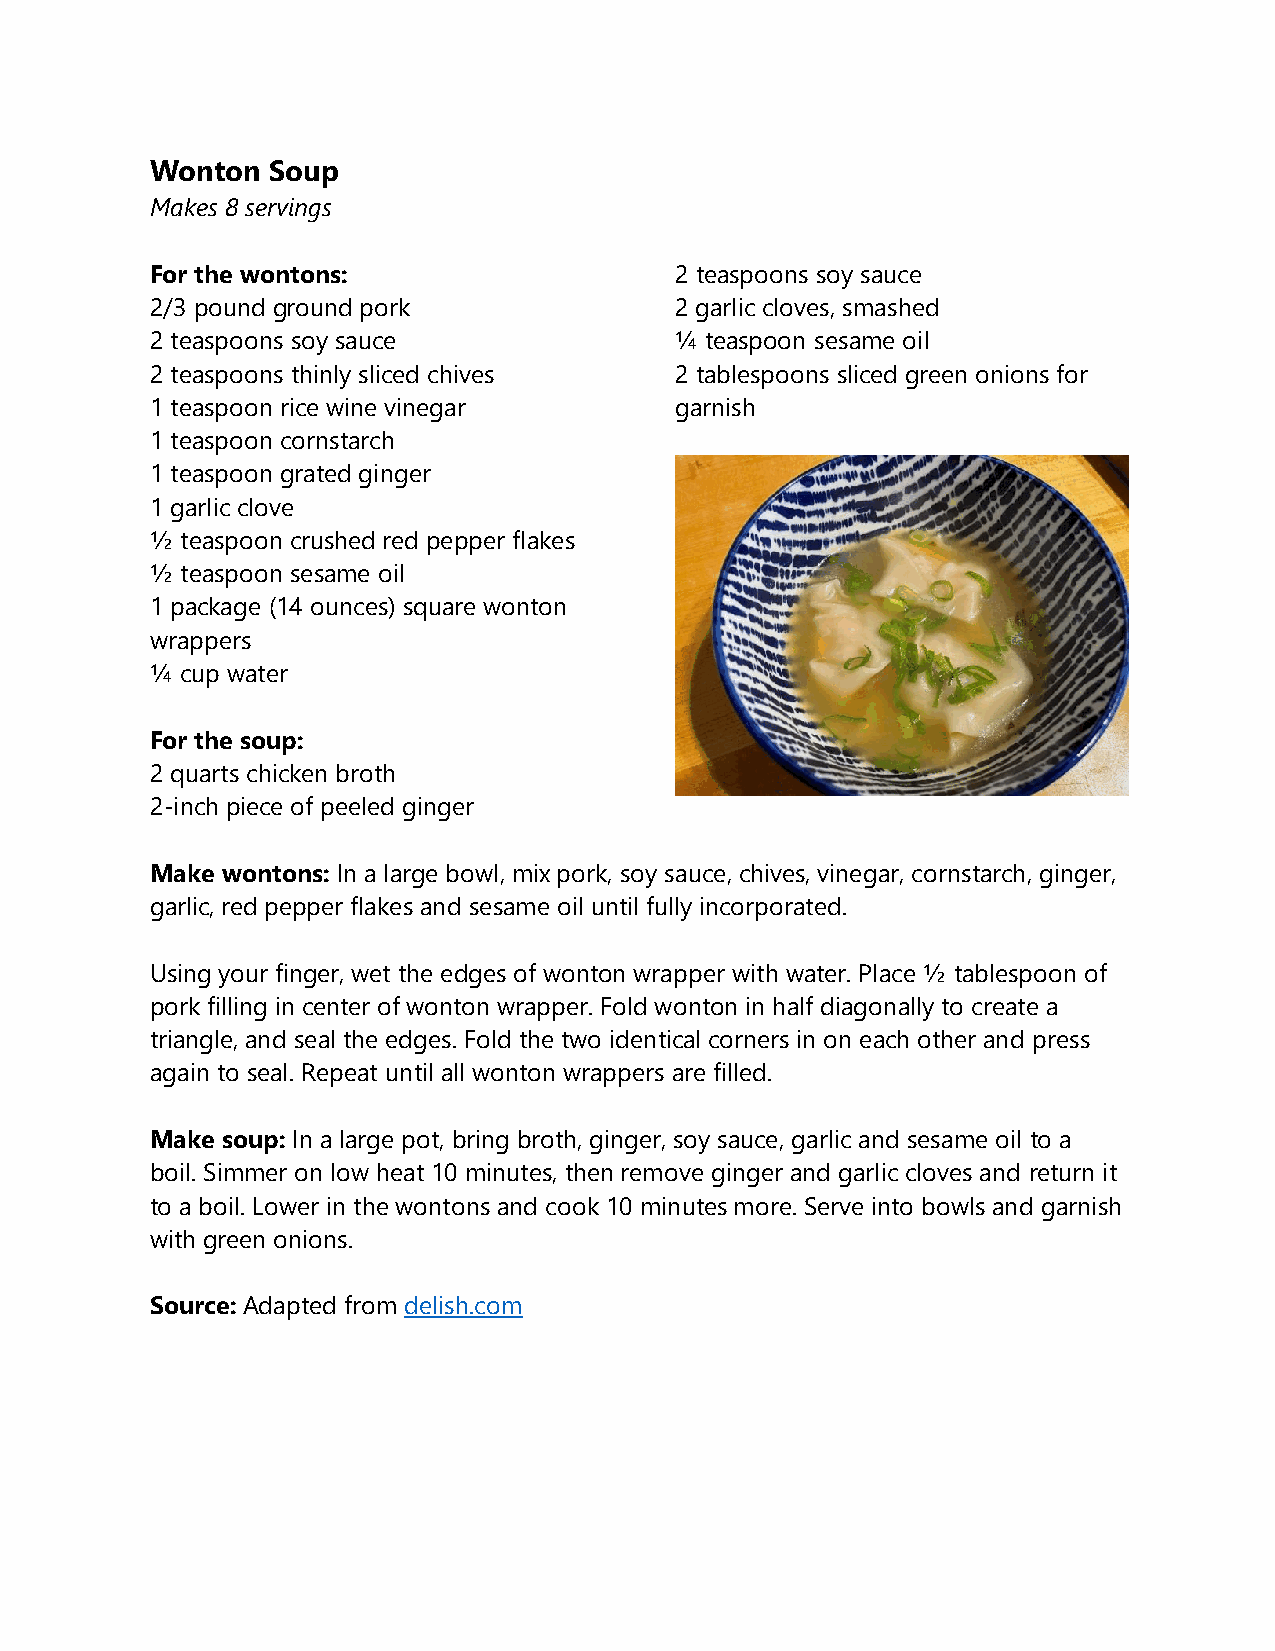
Wonton  Soup
 Makes 8 servings
 For the wontons:                   2 teaspoons soy sauce
 2/3 pound ground pork              2 garlic cloves, smashed
 2 teaspoons soy sauce              ¼ teaspoon sesame oil
 2 teaspoons thinly sliced chives   2 tablespoons sliced green onions for
 1 teaspoon rice wine vinegar       garnish
 1 teaspoon cornstarch
 1 teaspoon grated ginger
 1 garlic clove
 ½ teaspoon crushed red pepper flakes
 ½ teaspoon sesame oil
 1 package (14 ounces) square wonton
 wrappers
 ¼ cup water
 For the soup:
 2 quarts chicken broth
 2-inch piece of peeled ginger
 Make wontons: In a large bowl, mix pork, soy sauce, chives, vinegar, cornstarch, ginger,
 garlic, red pepper flakes and sesame oil until fully incorporated.
 Using your finger, wet the edges of wonton wrapper with water. Place ½ tablespoon of
 pork filling in center of wonton wrapper. Fold wonton in half diagonally to create a
 triangle, and seal the edges. Fold the two identical corners in on each other and press
 again to seal. Repeat until all wonton wrappers are filled.
 Make soup: In a large pot, bring broth, ginger, soy sauce, garlic and sesame oil to a
 boil. Simmer on low heat 10 minutes, then remove ginger and garlic cloves and return it
 to a boil. Lower in the wontons and cook 10 minutes more. Serve into bowls and garnish
 with green onions.
 Source: Adapted from delish.com